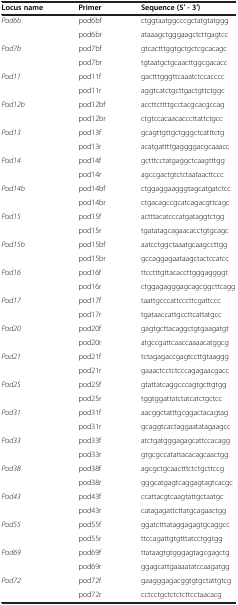
<table><thead><tr><td><b>Locus name</b></td><td><b>Primer</b></td><td><b>Sequence (5′ - 3′)</b></td></tr></thead><tbody><tr><td rowspan="2"><i>Pod6b</i></td><td>pod6bf</td><td>ctggtaatggcccgctatgtatggg</td></tr><tr><td>pod6br</td><td>ataaagctgggaagctcttgagtcc</td></tr><tr><td rowspan="2"><i>Pod7b</i></td><td>pod7bf</td><td>gtcactttggtgctgctcgcacagc</td></tr><tr><td>pod7br</td><td>tgtaatgctgcaacttggcgacacc</td></tr><tr><td rowspan="2"><i>Pod11</i></td><td>pod11f</td><td>gactttgggttcaaatctccacccc</td></tr><tr><td>pod11r</td><td>aggtcatctgcttgactgttctggc</td></tr><tr><td rowspan="2"><i>Pod12b</i></td><td>pod12bf</td><td>accttcttttgcctacgcacgccag</td></tr><tr><td>pod12br</td><td>ctgtccacaacacccttattctgcc</td></tr><tr><td rowspan="2"><i>Pod13</i></td><td>pod13f</td><td>gcagttgttgctgggctcatttctg</td></tr><tr><td>pod13r</td><td>acatgattttgaggggacgcaaacc</td></tr><tr><td rowspan="2"><i>Pod14</i></td><td>pod14f</td><td>gctttcctatgaggctcaagtttgg</td></tr><tr><td>pod14r</td><td>agccgactgtctctaataacttccc</td></tr><tr><td rowspan="2"><i>Pod14b</i></td><td>pod14bf</td><td>ctggaggaagggtagcatgatctcc</td></tr><tr><td>pod14br</td><td>ctgacagccgcatcagacgttcagc</td></tr><tr><td rowspan="2"><i>Pod15</i></td><td>pod15f</td><td>actttacatcccatgataggtctgg</td></tr><tr><td>pod15r</td><td>tgatatagcagaacacctgtgcagc</td></tr><tr><td rowspan="2"><i>Pod15b</i></td><td>pod15bf</td><td>aatcctggctaaatgcaagccttgg</td></tr><tr><td>pod15br</td><td>gccaggagaataagctactccatcc</td></tr><tr><td rowspan="2"><i>Pod16</i></td><td>pod16f</td><td>ttcctttgttacaccttgggaggggt</td></tr><tr><td>pod16r</td><td>ctggagagggagcagcggcttcagg</td></tr><tr><td rowspan="2"><i>Pod17</i></td><td>pod17f</td><td>taattgcccattcccttcgattccc</td></tr><tr><td>pod17r</td><td>tgataaccattgccttcattatgcc</td></tr><tr><td rowspan="2"><i>Pod20</i></td><td>pod20f</td><td>gagtgcttacaggctgtgaagatgt</td></tr><tr><td>pod20r</td><td>atgccgattcaaccaaaacatggcg</td></tr><tr><td rowspan="2"><i>Pod21</i></td><td>pod21f</td><td>tctagagaccgagtccttgtaaggg</td></tr><tr><td>pod21r</td><td>gaaactcctctcccagagaacgacc</td></tr><tr><td rowspan="2"><i>Pod25</i></td><td>pod25f</td><td>gtattatcaggcccagtgcttgtgg</td></tr><tr><td>pod25r</td><td>tggtggattatctatcatctgctcc</td></tr><tr><td rowspan="2"><i>Pod31</i></td><td>pod31f</td><td>aacggctatttgcggactacagtag</td></tr><tr><td>pod31r</td><td>gcaggtcactaggaatatagaagcc</td></tr><tr><td rowspan="2"><i>Pod33</i></td><td>pod33f</td><td>atctgatgggagagcattccacagg</td></tr><tr><td>pod33r</td><td>gtgcgccatattacacagcaactgg</td></tr><tr><td rowspan="2"><i>Pod38</i></td><td>pod38f</td><td>agcgctgcaactttctctgcttccg</td></tr><tr><td>pod38r</td><td>gggcatgagtcaggagtagtcacgc</td></tr><tr><td rowspan="2"><i>Pod43</i></td><td>pod43f</td><td>ccattacgtcaagtattgctaatgc</td></tr><tr><td>pod43r</td><td>catagagattcttatgcagaactgg</td></tr><tr><td rowspan="2"><i>Pod55</i></td><td>pod55f</td><td>ggatctttataggagagtgcaggcc</td></tr><tr><td>pod55r</td><td>ttccagattgtgtttatcctggtgg</td></tr><tr><td rowspan="2"><i>Pod69</i></td><td>pod69f</td><td>ttataagtgtgggagtagcgagctg</td></tr><tr><td>pod69r</td><td>ggagcattgaaaatatccaagatgg</td></tr><tr><td><i>Pod72</i></td><td>pod72f</td><td>gaagggagacggtgtgctattgtcg</td></tr><tr><td> </td><td>pod72r</td><td>cctcctgctctctcttcctaacacg</td></tr></tbody></table>